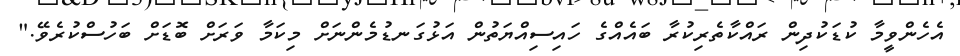
އެހެންވީމާ ކުޑަކުދިން ރައްކާތެރިކުރާ ބައެއްގެ ހައިސިއްޔަތުން އަޅުގަނޑުމެންނަށް މިކަމާ ވަރަށް ބޮޑަށް ބަހުސްކުރެވޭ."